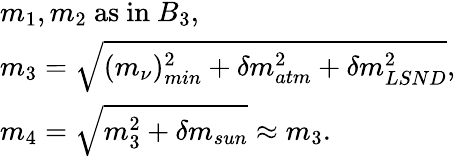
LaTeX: \begin{array}{l}{{m_{1},m_{2}\mathrm{~as~in~}B_{3},}}\\ {{m_{3}=\sqrt{(m_{\nu})_{min}^{2}+\delta m_{atm}^{2}+\delta m_{LSND}^{2}},}}\\ {{m_{4}=\sqrt{m_{3}^{2}+\delta m_{sun}}\approx m_{3}.}}\end{array}